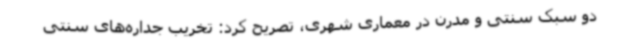
دو سبک سنتی و مدرن در معماری شهری، تصریح کرد: تخریب‌ جداره‌های سنتی